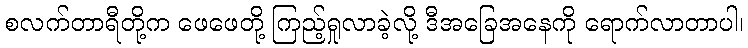
စလက်တာရီတို့က ဖေဖေတို့ ကြည့်ရှုလာခဲ့လို့ ဒီအခြေအနေကို ရောက်လာတာပါ၊